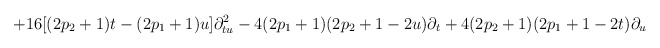
\begin{align*}+16[(2p_{2}+1)t-(2p_{1}+1)u]\partial_{tu}^{2}-4(2p_{1}+1)(2p_{2}+1-2u)\partial_{t}+4(2p_{2}+1)(2p_{1}+1-2t)\partial _{u} \end{align*}